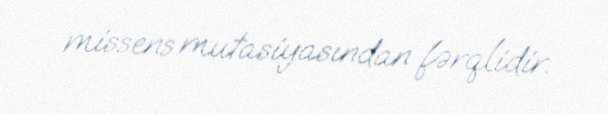
missens mutasiyasından fərqlidir.